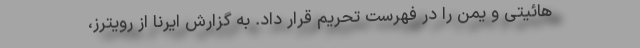
هائیتی و یمن را در فهرست تحریم قرار داد. به گزارش ایرنا از رویترز،